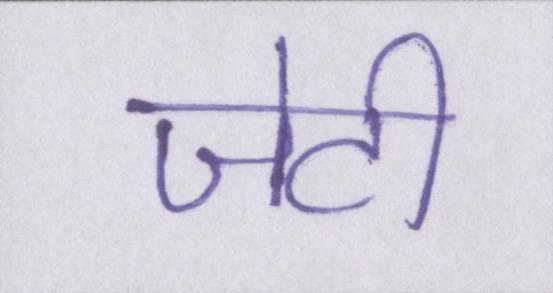
जेटी